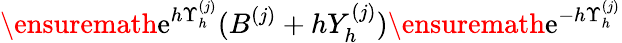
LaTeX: \ensuremath{\mathrm{e}}^{h\Upsilon_{h}^{(j)}}(B^{(j)}+hY_{h}^{(j)})\ensuremath{\mathrm{e}}^{-h\Upsilon_{h}^{(j)}}